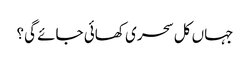
جہاں کل سحری کھائی جائے گی؟